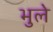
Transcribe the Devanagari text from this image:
भुले